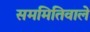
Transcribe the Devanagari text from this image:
सममितिवाले